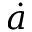
\dot { a }